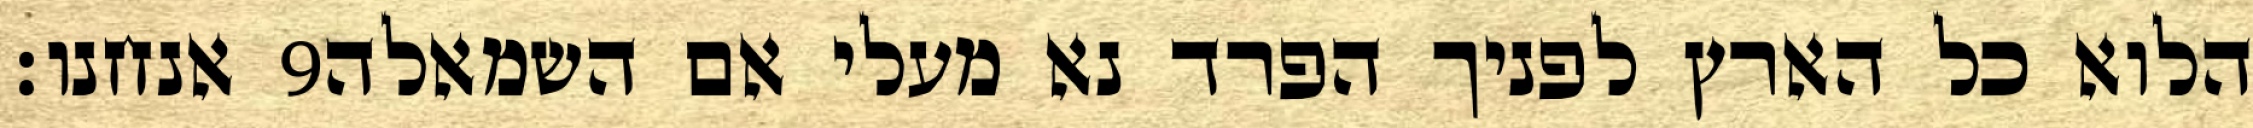
אנחנו׃ ‎9‏ הלוא כל הארץ לפניך הפרד נא מעלי אם השמאלה